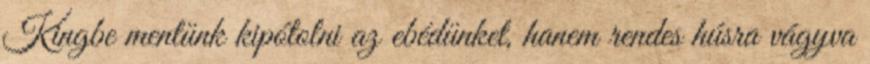
Kingbe mentünk kipótolni az ebédünket, hanem rendes húsra vágyva